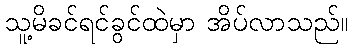
သူ့မိခင်ရင်ခွင်ထဲမှာ အိပ်လာသည်။